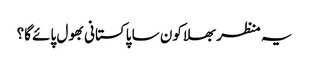
یہ منظر بھلا کون سا پاکستانی بھول پائے گا؟